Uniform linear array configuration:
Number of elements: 8
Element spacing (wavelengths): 0.75
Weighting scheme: hann
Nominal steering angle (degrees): -30
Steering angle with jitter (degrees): -30.906
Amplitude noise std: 0.05
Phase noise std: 0.05

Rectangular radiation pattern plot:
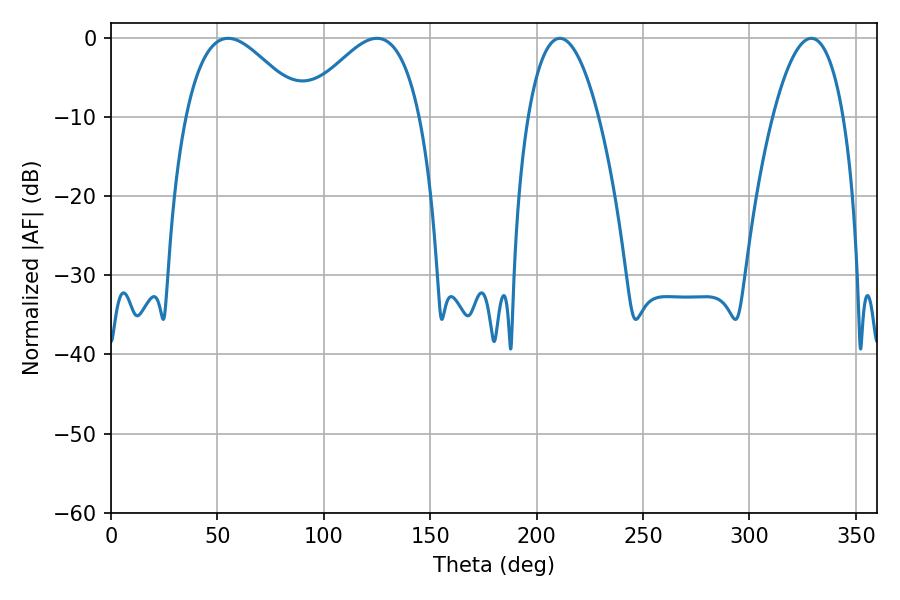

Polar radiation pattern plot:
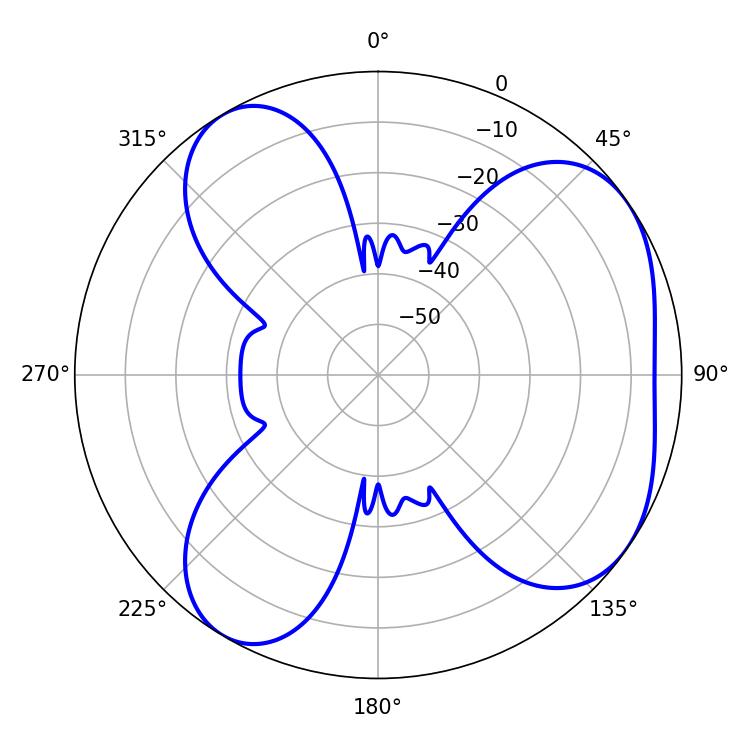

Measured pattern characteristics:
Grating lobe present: TRUE
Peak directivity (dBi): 5.208
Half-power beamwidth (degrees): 29.88
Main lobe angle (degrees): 55.08